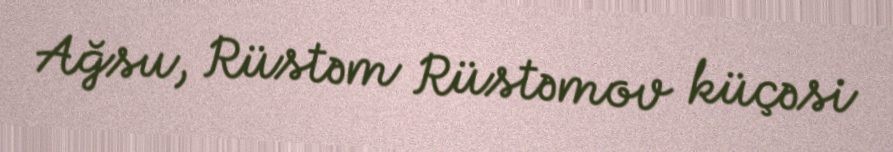
Ağsu, Rüstəm Rüstəmov küçəsi